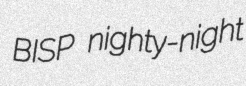
BISP nighty-night